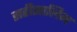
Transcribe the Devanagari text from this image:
सहीसालिम